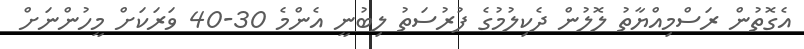
އެގޮތުން ރަސްމިއްޔާތު ލޮލުން ދެކިލުމުގެ ފުރުސަތު ލިބުނީ އެންމެ 30-40 ވަރަކަށް މީހުންނަށް